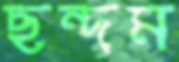
ছন্দম